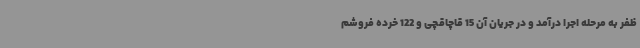
ظفر به مرحله اجرا درآمد و در جریان آن 15 قاچاقچی و 122 خرده فروشم